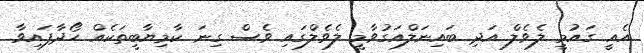
އެއީ ގައުމީ ލެވެލް އަދި ބައިނަލްއަގުވާމީ ލެވެލްގައި ވެސް ގިނަ ކާމިޔާބީތަކެއް ހޯދާފައިވާ